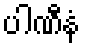
ပါဏီနံ